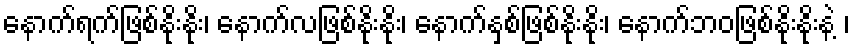
နောက်ရက်ဖြစ်နိုးနိုး၊ နောက်လဖြစ်နိုးနိုး၊ နောက်နှစ်ဖြစ်နိုးနိုး၊ နောက်ဘဝဖြစ်နိုးနိုးနဲ့ ၊